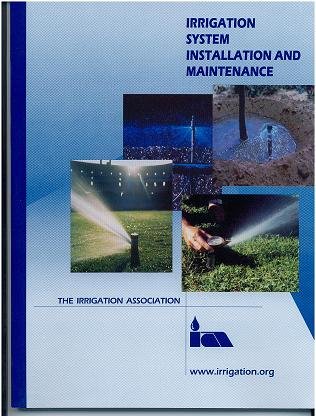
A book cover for Irrigation System Installation and Maintenance; The Irrigation Association (irrigation.org); Science & Math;